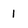
Character: 1